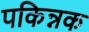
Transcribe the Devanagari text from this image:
पकिन्नक